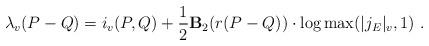
LaTeX: \begin{align*}\lambda_v(P-Q) = i_v(P,Q) + \frac{1}{2} \textbf{B}_2(r(P-Q)) \cdot \log\max(|j_E|_v, 1)\ .\end{align*}